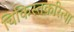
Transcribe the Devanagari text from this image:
चिकिस्तकरित्या